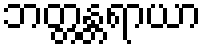
ဘတ္တန္တရာယာ